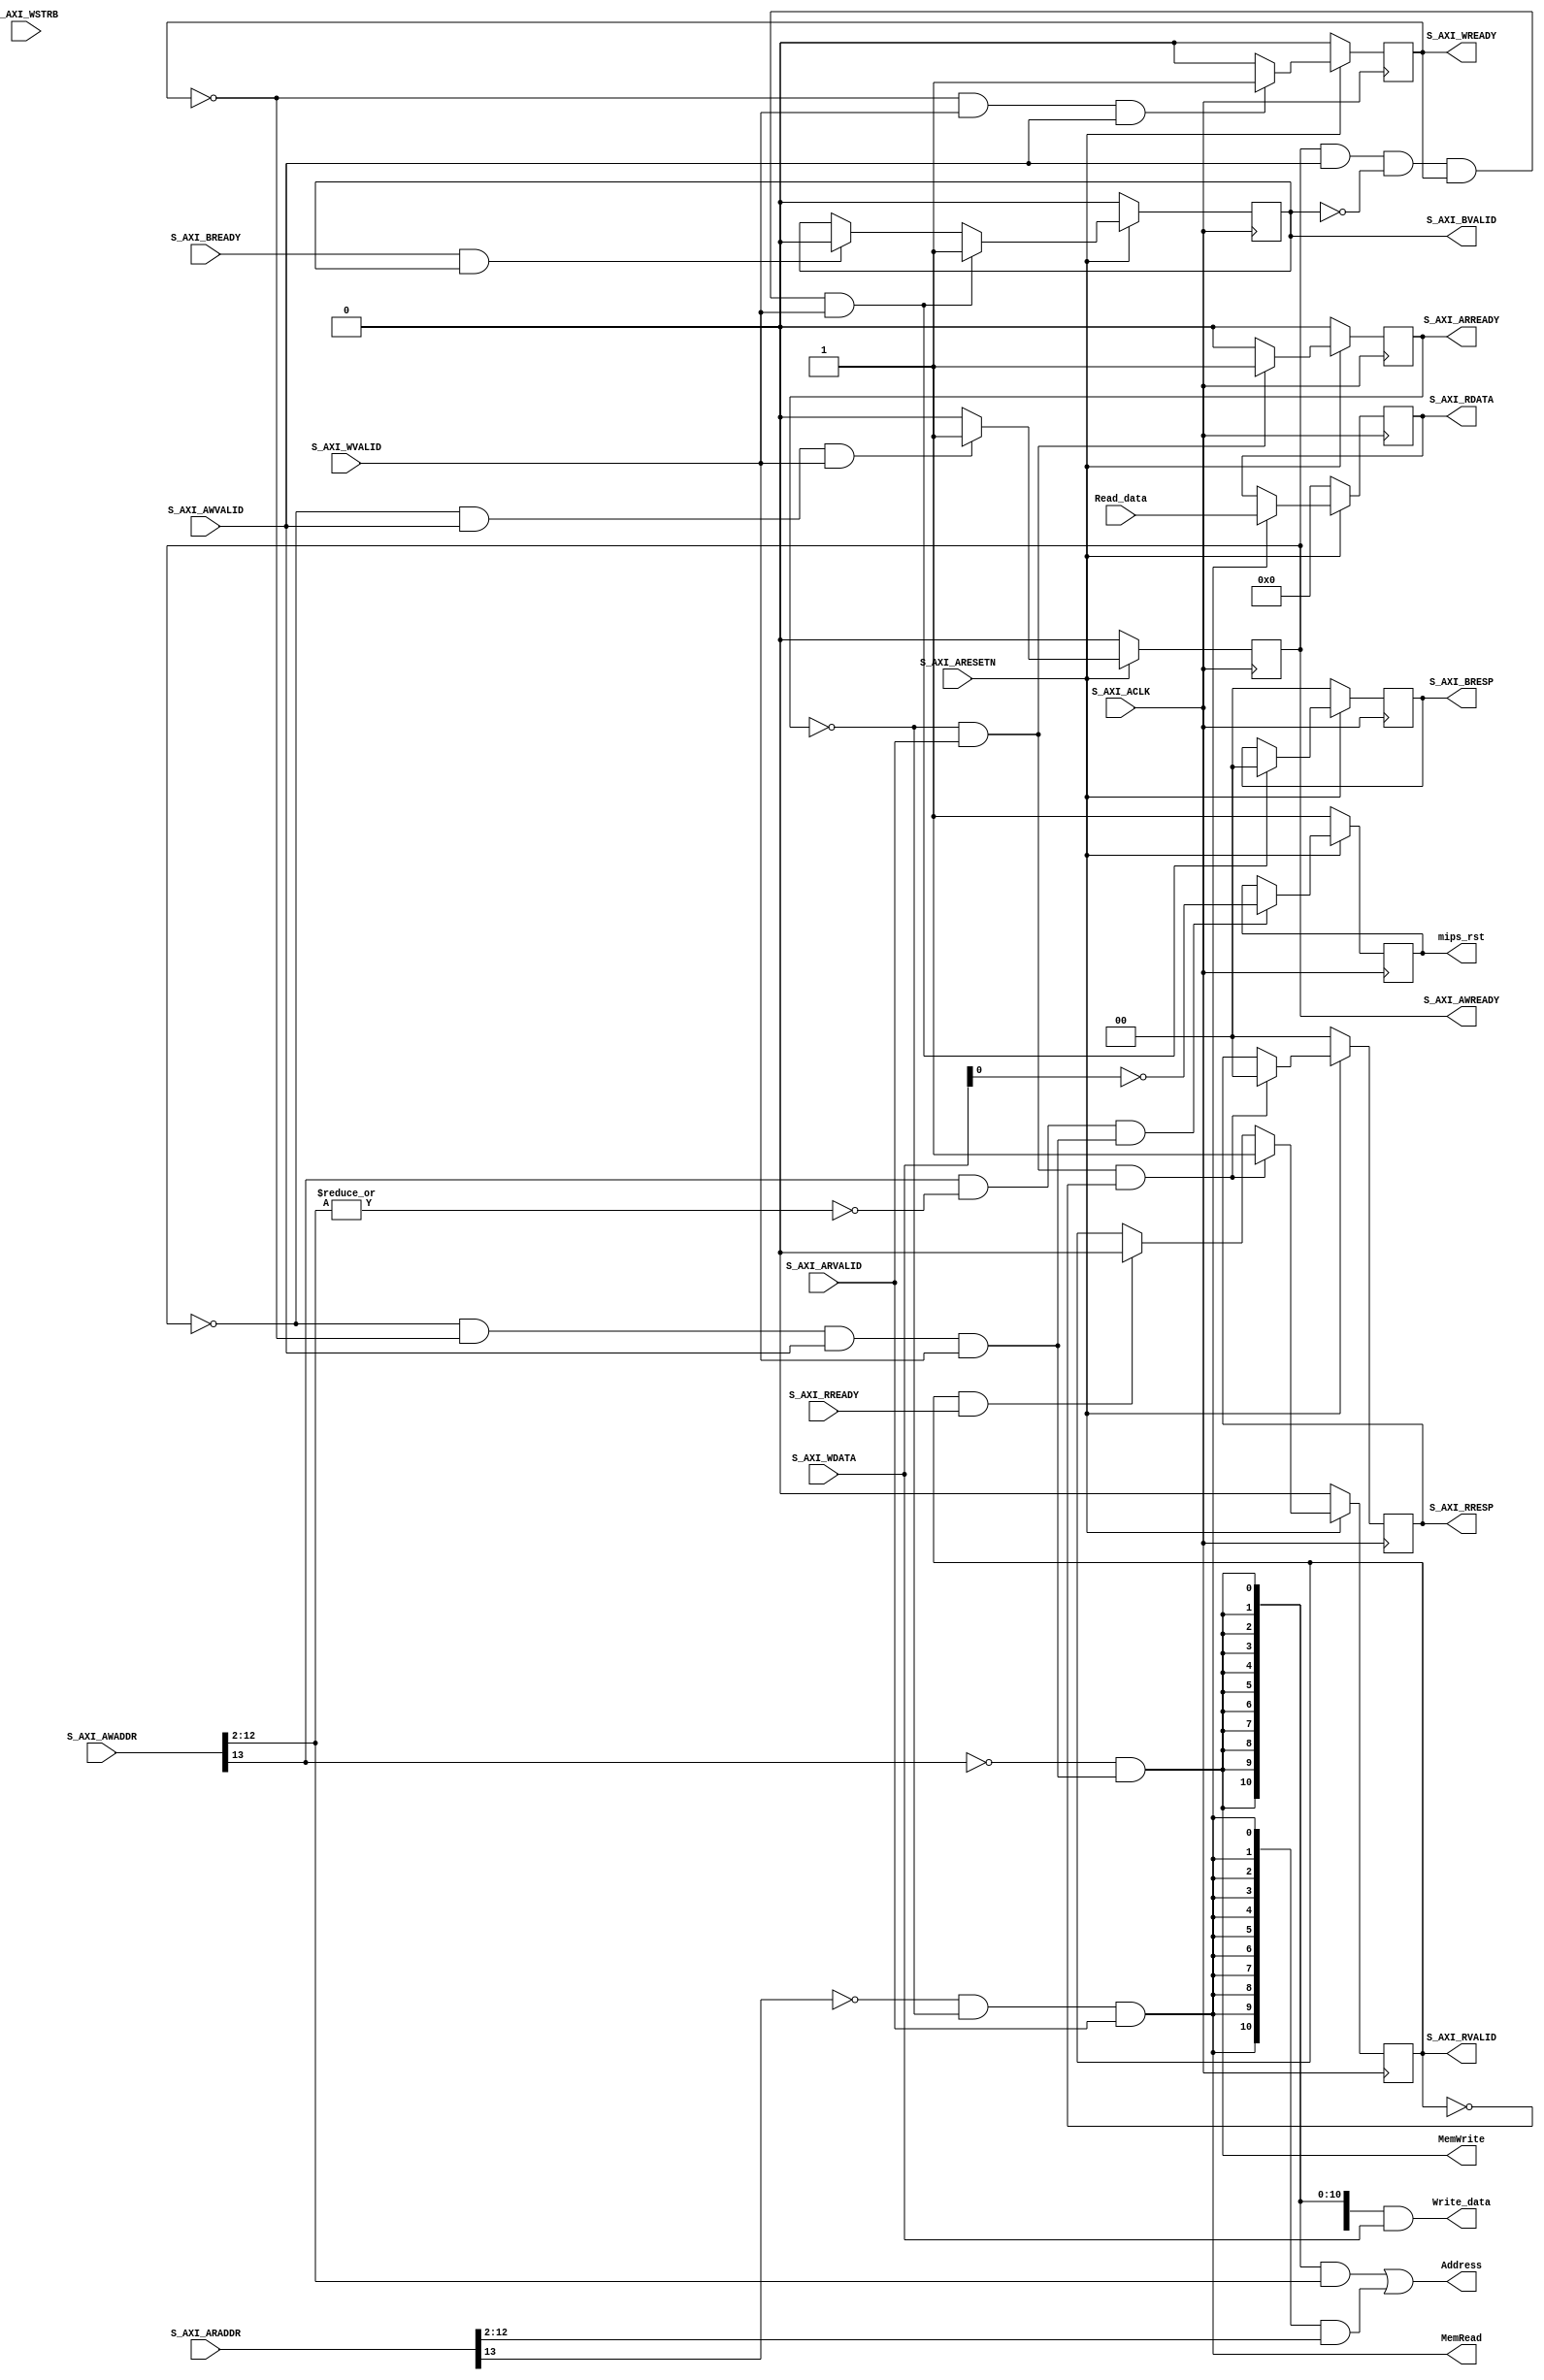
/* =========================================
* AXI Lite Interface for ARM CPU cores to
* access MIPS instruction/data memory.
* Total Address space is 16KB.
* The low 8KB is allocated to distributed memory.
* The high 8KB is allocated to memory-mapped
* I/O registers
*
* Version: v0.0.1
*===========================================
*/

`define C_S_AXI_DATA_WIDTH 32
`define C_S_AXI_ADDR_WIDTH 14

module axi_lite_if (
  input wire	S_AXI_ACLK,
  input wire	S_AXI_ARESETN,

  //AXI AW Channel
  input  wire [`C_S_AXI_ADDR_WIDTH - 1:0] S_AXI_AWADDR,
  input  wire                          S_AXI_AWVALID,
  output wire                          S_AXI_AWREADY,

  //AXI W Channle
  input  wire [`C_S_AXI_DATA_WIDTH-1:0] S_AXI_WDATA,
  input  wire [`C_S_AXI_DATA_WIDTH/8-1:0] S_AXI_WSTRB,
  input  wire                          S_AXI_WVALID,
  output wire                          S_AXI_WREADY,

  //AXI B Channel
  output wire [1:0]                    S_AXI_BRESP,
  output wire                          S_AXI_BVALID,
  input  wire                          S_AXI_BREADY,

  //AXI AR Channel
  input  wire [`C_S_AXI_ADDR_WIDTH - 1:0] S_AXI_ARADDR,
  input  wire                          S_AXI_ARVALID,
  output wire                          S_AXI_ARREADY,

  //AXI R Channel
  output wire [`C_S_AXI_DATA_WIDTH-1:0] S_AXI_RDATA,
  output wire [1:0]                    S_AXI_RRESP,
  output wire                          S_AXI_RVALID,
  input  wire                          S_AXI_RREADY,
 
  //Ports to distributed memory
  output wire [10:0]                   Address,
  output wire [31:0]                   Write_data,
  output wire                          MemWrite,
  output wire                          MemRead,
  input  wire [31:0]                   Read_data,

  //MIPS reset signal
  output reg                           mips_rst
);

reg                           axi_rvalid;
reg [`C_S_AXI_DATA_WIDTH-1:0] axi_rdata;
reg [1:0]					  axi_rresp;

reg                           axi_bvalid;
reg [1:0]                     axi_bresp;

reg                           axi_awready;

reg                           axi_wready;

reg                           axi_arready;

//Write address and Read address from decoder
wire [10:0]					  wr_addr;
wire [10:0] 				  rd_addr;

//MMIO decode signal for MIPS reset register (addr: 0x2000)
wire 						  mips_rst_sel;
wire						  mips_rst_wdata;

assign S_AXI_AWREADY = axi_awready;

assign S_AXI_WREADY  = axi_wready;

assign S_AXI_BRESP  = axi_bresp;
assign S_AXI_BVALID = axi_bvalid;

assign S_AXI_ARREADY = axi_arready;

assign S_AXI_RDATA  = axi_rdata;
assign S_AXI_RVALID = axi_rvalid;
assign S_AXI_RRESP  = axi_rresp;


////////////////////////////////////////////////////////////////////////////
// Implement axi_awready generation
//
//  axi_awready is asserted for one S_AXI_ACLK clock cycle when both
//  S_AXI_AWVALID and S_AXI_WVALID are asserted. axi_awready is
//  de-asserted when reset is low.

  always @( posedge S_AXI_ACLK )
  begin
	  if(S_AXI_ARESETN == 1'b0)
		  axi_awready <= 1'b0;
	  else
	  begin
		  ////////////////////////////////////////////////////////////////////////////
		  // slave is ready to accept write address when
		  // there is a valid write address and write data
		  // on the write address and data bus. This design
		  // expects no outstanding transactions.
		  if (~axi_awready && S_AXI_AWVALID && S_AXI_WVALID)
			  axi_awready <= 1'b1;
		  else
			  axi_awready <= 1'b0;
	  end
  end

////////////////////////////////////////////////////////////////////////////
// Implement axi_wready generation
//
//  axi_wready is asserted for one S_AXI_ACLK clock cycle when both
//  S_AXI_AWVALID and S_AXI_WVALID are asserted. axi_wready is
//  de-asserted when reset is low.

  always @( posedge S_AXI_ACLK )
  begin
    if ( S_AXI_ARESETN == 1'b0 )
        axi_wready <= 1'b0;
    else
      begin
	    ////////////////////////////////////////////////////////////////////////////
        // slave is ready to accept write data when
        // there is a valid write address and write data
        // on the write address and data bus. This design
        // expects no outstanding transactions.
        if (~axi_wready && S_AXI_WVALID && S_AXI_AWVALID)
            axi_wready <= 1'b1;
        else
            axi_wready <= 1'b0;
      end
  end

//decoder for AXI write operations
  assign wren = ~axi_awready & ~axi_wready & S_AXI_AWVALID & S_AXI_WVALID;
  assign MemWrite = ~S_AXI_AWADDR[13] & wren;
  assign Write_data =  {32{MemWrite}} & S_AXI_WDATA;
  assign wr_addr = {11{MemWrite}} & S_AXI_AWADDR[12:2];

  assign mips_rst_sel = S_AXI_AWADDR[13] & (~|S_AXI_AWADDR[12:2]) & wren; 
  assign mips_rst_wdata = ~S_AXI_WDATA[0];

//MMIO MIPS reset register
//hold valid MIPS reset signal when system reset
//ARM CPU cores write 1 to invalidate MIPS reset signal
//This register is write-only for ARM cores 
  always @( posedge S_AXI_ACLK )
  begin
    if (S_AXI_ARESETN == 1'b0)
        mips_rst <= 1'b1;
    else if (mips_rst_sel)
        mips_rst <= mips_rst_wdata;
	else
        mips_rst <= mips_rst;
  end 

////////////////////////////////////////////////////////////////////////////
// Implement write response logic generation
//
//  The write response and response valid signals are asserted by the slave
//  when axi_wready, S_AXI_WVALID, axi_wready and S_AXI_WVALID are asserted.
//  This marks the acceptance of address and indicates the status of
//  write transaction.

  always @( posedge S_AXI_ACLK )
  begin
    if ( S_AXI_ARESETN == 1'b0 )
      begin
        axi_bvalid  <= 0;
        axi_bresp   <= 2'b0;
      end
    else
      begin
        if (axi_awready && S_AXI_AWVALID && ~axi_bvalid && axi_wready && S_AXI_WVALID)
          begin
            // indicates a valid write response is available
            axi_bvalid <= 1'b1;
            axi_bresp  <= 2'b0; // 'OKAY' response
          end                   // work error responses in future
        else
          begin
            if (S_AXI_BREADY && axi_bvalid)
              //check if bready is asserted while bvalid is high)
              //(there is a possibility that bready is always asserted high)
              begin
                axi_bvalid <= 1'b0;
              end
          end
      end
  end


////////////////////////////////////////////////////////////////////////////
// Implement axi_arready generation
//
//  axi_arready is asserted for one S_AXI_ACLK clock cycle when
//  S_AXI_ARVALID is asserted. axi_awready is
//  de-asserted when reset (active low) is asserted.
//  The read address is also latched when S_AXI_ARVALID is
//  asserted. axi_araddr is reset to zero on reset assertion.

  always @( posedge S_AXI_ACLK )
  begin
    if ( S_AXI_ARESETN == 1'b0 )
        axi_arready <= 1'b0;
    else
      begin
        // indicates that the slave has acceped the valid read address
        if (~axi_arready && S_AXI_ARVALID)
            axi_arready <= 1'b1;
        else
            axi_arready <= 1'b0;
      end
  end

////////////////////////////////////////////////////////////////////////////
// Implement memory mapped register select and read logic generation
//
//  axi_rvalid is asserted for one S_AXI_ACLK clock cycle when both
//  S_AXI_ARVALID and axi_arready are asserted. The slave registers
//  data are available on the axi_rdata bus at this instance. The
//  assertion of axi_rvalid marks the validity of read data on the
//  bus and axi_rresp indicates the status of read transaction.axi_rvalid
//  is deasserted on reset (active low). axi_rresp and axi_rdata are
//  cleared to zero on reset (active low).

  always @( posedge S_AXI_ACLK )
  begin
    if ( S_AXI_ARESETN == 1'b0 )
      begin
        axi_rvalid <= 1'd0;
        axi_rresp  <= 2'd0;
      end
    else
      begin
        // Valid read data is available at the read data bus
        if (~axi_arready && S_AXI_ARVALID && ~axi_rvalid)
          begin
            axi_rvalid <= 1'b1;
            axi_rresp  <= 2'b00; // 'OKAY' response
          end
        
		// Read data is accepted by the master
        else if (axi_rvalid && S_AXI_RREADY)
            axi_rvalid <= 1'b0;
      end
  end

  //store Read_data from distributed memory to axi_rdata register
  always @( posedge S_AXI_ACLK )
  begin
    if ( S_AXI_ARESETN == 1'b0 )
        axi_rdata <= {`C_S_AXI_DATA_WIDTH{1'b0}};
    else if(MemRead)
        axi_rdata <= Read_data;
	else
        axi_rdata <= axi_rdata;
  end

assign	MemRead = ~S_AXI_ARADDR[13] && ~axi_arready && S_AXI_ARVALID;
assign	rd_addr = {11{MemRead}} & S_AXI_ARADDR[12:2];
  
assign  Address = wr_addr | rd_addr;
					   
endmodule